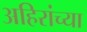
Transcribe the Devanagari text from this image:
अहिरांच्या